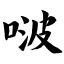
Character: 啵